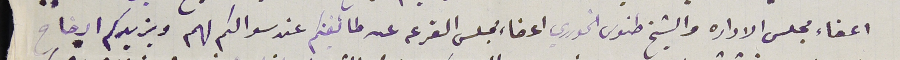
اعضاء مجلس الاداره والشيخ طنوس الخوري اعضاء مجلس القرعه عن طائفتكم عند سوالكم لهم ويزيدكم ايضاح